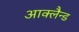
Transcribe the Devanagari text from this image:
आक्लैन्ड